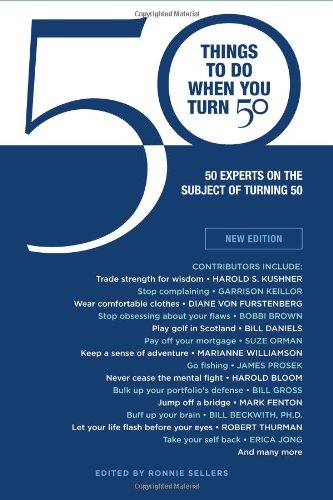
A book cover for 50 Things to Do When You Turn 50 (Gift Edition): 50 Experts On the Subject Of Turning 50; Self-Help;